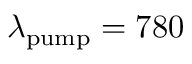
\lambda _ { \mathrm { p u m p } } = 7 8 0